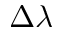
\Delta \lambda